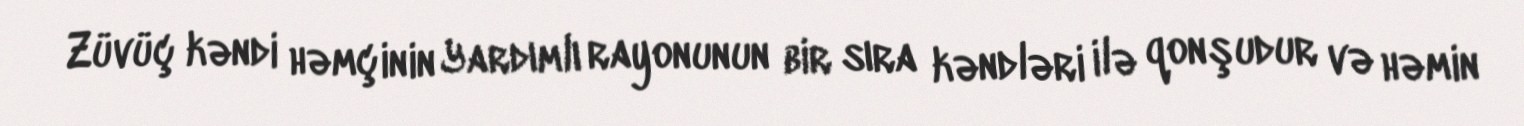
Züvüç kəndi həmçinin Yardımlı rayonunun bir sıra kəndləri ilə qonşudur və həmin